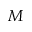
M